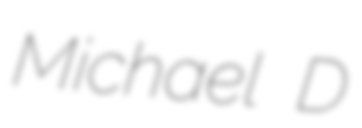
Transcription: Michael D